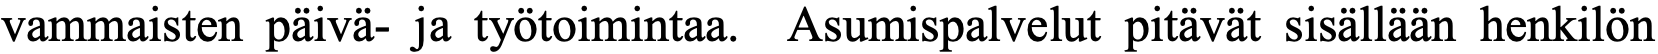
vammaisten päivä- ja työtoimintaa. Asumispalvelut pitävät sisällään henkilön